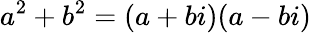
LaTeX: a^{2}+b^{2}=(a+bi)(a-bi)